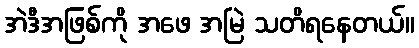
အဲဒီအဖြစ်ကို အဖေ အမြဲ သတိရနေတယ်။